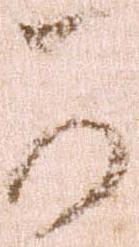
可